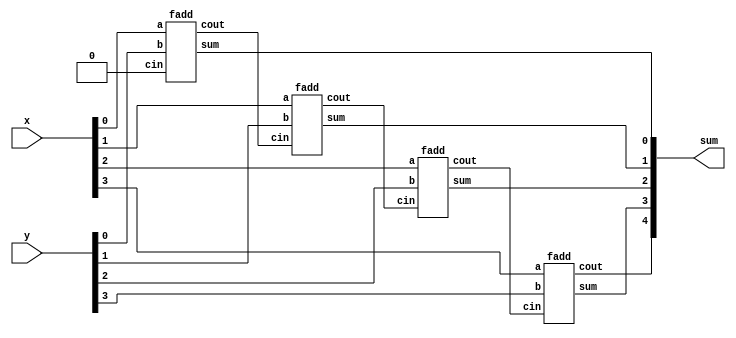
module top_module( 
    input [3:0] x, y,
    output [4:0] sum );

    wire [3:0] cout;
    wire [3:0] cin = {cout[2:0], 1'b0};
    
    fadd inst_fadd [3:0] (
        .a   (x),
        .b   (y),
        .cin (cin),
        .cout(cout),
        .sum (sum[3:0])
    );

    assign sum[4] = cout[3];

endmodule

module fadd( 
    input a, b, cin,
    output cout, sum );

    assign cout = (a&b) | (a&cin) | (b&cin);
    assign sum  = ^{a , b, cin};

endmodule

// answer on HDLBits
//module top_module (
//	input [3:0] x,
//	input [3:0] y,
//	output [4:0] sum
//);
//
//	// This circuit is a 4-bit ripple-carry adder with carry-out.
//	assign sum = x+y;	// Verilog addition automatically produces the carry-out bit.
//
//	// Verilog quirk: Even though the value of (x+y) includes the carry-out, (x+y) is still considered to be a 4-bit number (The max width of the two operands).
//	// This is correct:
//	// assign sum = (x+y);
//	// But this is incorrect:
//	// assign sum = {x+y};	// Concatenation operator: This discards the carry-out
//endmodule